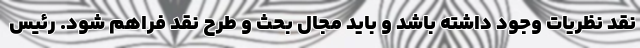
نقد نظریات وجود داشته باشد و باید مجال بحث و طرح نقد فراهم شود. رئیس